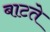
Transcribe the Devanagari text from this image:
बाटते